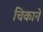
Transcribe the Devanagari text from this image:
चिकाने